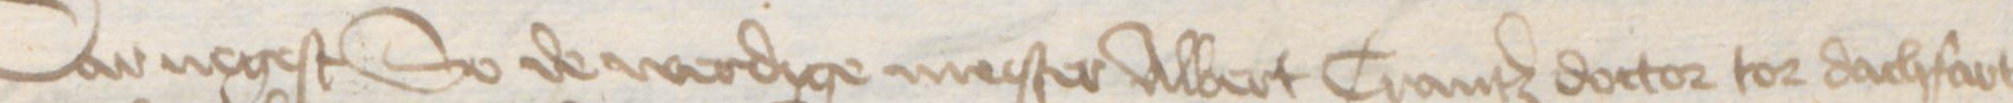
Dar negest So de werdige mester Albert Crantz doctor to dachfart